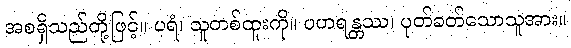
အစရှိသည်တို့ဖြင့်။ ပရံ၊ သူတစ်ထူးကို။ ပဟရန္တဿ၊ ပုတ်ခတ်သောသူအား။